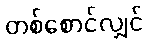
တစ်စောင်လျှင်